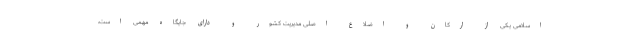
اسلامی یکی از ارکان و اضلاع اصلی مدیریت کشور و دارای جایگاه مهمی است،